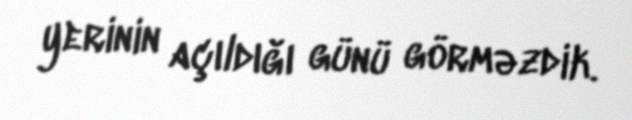
yerinin açıldığı günü görməzdik.